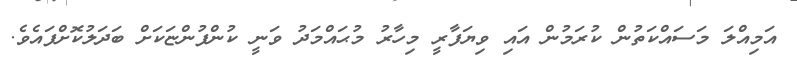
އަމިއްލަ މަސައްކަތުން ކުރަމުން އައި ވިޔަފާރީ މިހާރު މުޙައްމަދު ވަނީ ކުންފުންޏަކަށް ބަދަލުކޮށްފައެވެ.